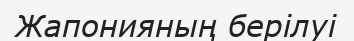
Жапонияның берілуі